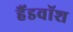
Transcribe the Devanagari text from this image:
हैंडवॉश